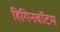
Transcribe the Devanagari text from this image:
हिगिनबॉटम